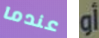
عندما أو